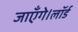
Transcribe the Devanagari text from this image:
जाएँगे।लॉर्ड